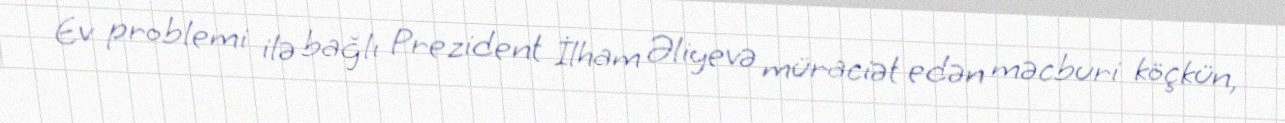
Ev problemi ilə bağlı Prezident İlham Əliyevə müraciət edən məcburi köçkün,